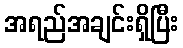
အရည်အချင်းရှိပြီး